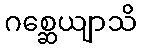
ဂစ္ဆေယျာသိ